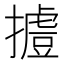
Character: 𢶐